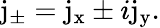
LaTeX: \mathrm{j_{\pm}}=\mathrm{j_{x}}\pm i\mathrm{j_{y}}.